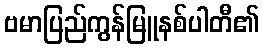
ဗမာပြည်ကွန်မြူနစ်ပါတီ၏